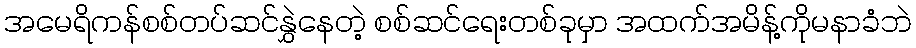
အမေရိကန်စစ်တပ်ဆင်နွှဲနေတဲ့ စစ်ဆင်ရေးတစ်ခုမှာ အထက်အမိန့်ကိုမနာခံဘဲ